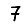
Digit: 7